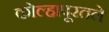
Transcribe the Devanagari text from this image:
कोल्हापूरतले